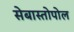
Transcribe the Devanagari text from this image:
सेबास्तोपोल